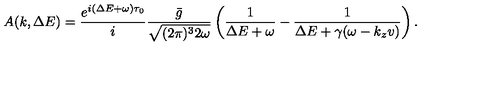
A ( k , \Delta E ) = \frac { e ^ { i ( \Delta E + \omega ) \tau _ { 0 } } } { i } \frac { \bar { g } } { \sqrt { ( 2 \pi ) ^ { 3 } 2 \omega } } \left( \frac { 1 } { \Delta E + \omega } - \frac { 1 } { \Delta E + \gamma ( \omega - k _ { z } v ) } \right) .